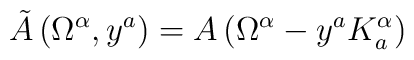
\tilde A\,(\Omega^\alpha,y^a)=A\,(\Omega^\alpha-y^aK_a^\alpha)